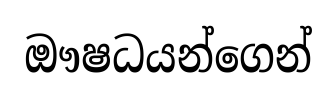
ඖෂධයන්ගෙන්